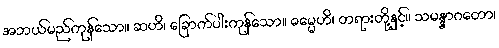
အဘယ်မည်ကုန်သော။ ဆဟိ၊ ခြောက်ပါးကုန်သော။ ဓမ္မေဟိ၊ တရားတို့နှင့်။ သမန္နာဂတော၊